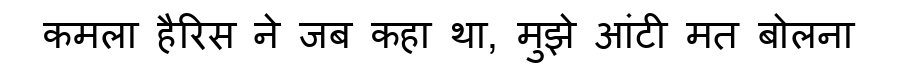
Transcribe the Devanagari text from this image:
कमला हैरिस ने जब कहा था, मुझे आंटी मत बोलना